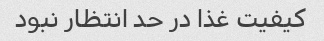
کیفیت غذا در حد انتظار نبود